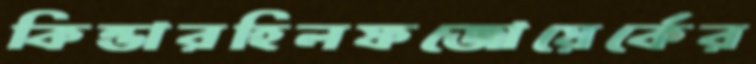
কিন্ডারহিলফজোয়ের্কের